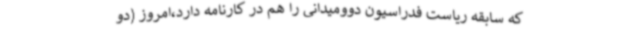
که سابقه ریاست فدراسیون دوومیدانی را هم در کارنامه دارد،امروز (دو